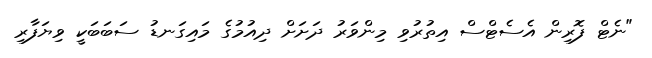
"ނެޓް ފޮރިން އެސެޓްސް އިތުރުވި މިންވަރު ދަށަށް ދިއުމުގެ މައިގަނޑު ސަބަބަކީ ވިޔަފާރި